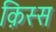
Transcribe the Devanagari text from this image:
क़िस्स